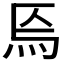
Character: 𤇟